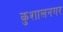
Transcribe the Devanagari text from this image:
कुशालनगर